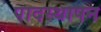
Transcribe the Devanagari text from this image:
पादस्थापन